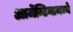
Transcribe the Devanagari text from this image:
आर्जेन्टिनामध्ये